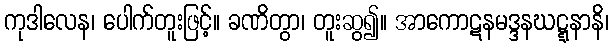
ကုဒါလေန၊ ပေါက်တူးဖြင့်။ ခဏိတွာ၊ တူးဆွ၍။ အာကောဋနမဒ္ဒနဃဋ္ဋနာနိ၊